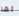
لها